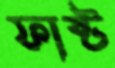
ফাষ্ট